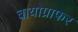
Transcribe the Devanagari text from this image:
बायोग्राफर